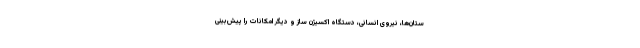
ستان‌ها، نیروی انسانی، دستگاه اکسیژن ساز و دیگر امکانات را پیش‌بینی